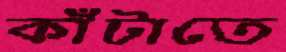
কাঁটাতে